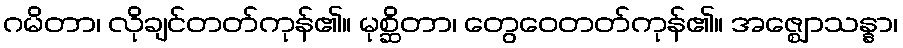
ဂမိတာ၊ လိုချင်တတ်ကုန်၏။ မုစ္ဆိတာ၊ တွေဝေတတ်ကုန်၏။ အဇ္ဈောသန္နာ၊